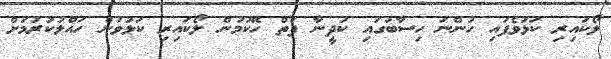
ލޯކައިރި ކަޅުވެފައި ހުންނަ ހިސާބުގައި ކުދީނާ ފަތް ހޭކުމުން ލޯކައިރި ކަޅުވުން ހައްލުކުރުމަށް